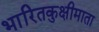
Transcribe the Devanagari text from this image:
भारितकुक्षीमाता